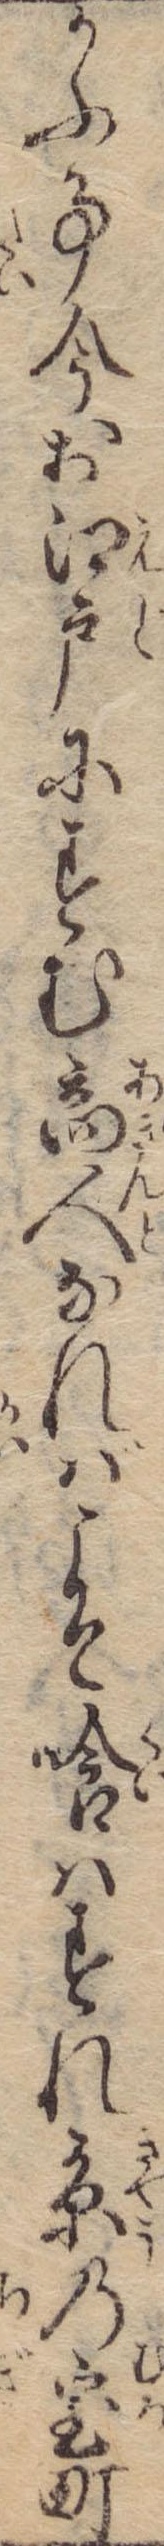
かふ事今お江戸にすむ商人なればこそ喰はすれ京の室町